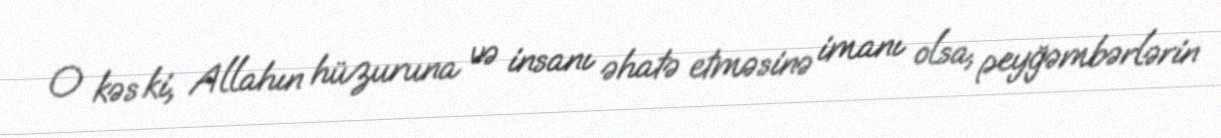
O kəs ki, Allahın hüzuruna və insanı əhatə etməsinə imanı olsa, peyğəmbərlərin